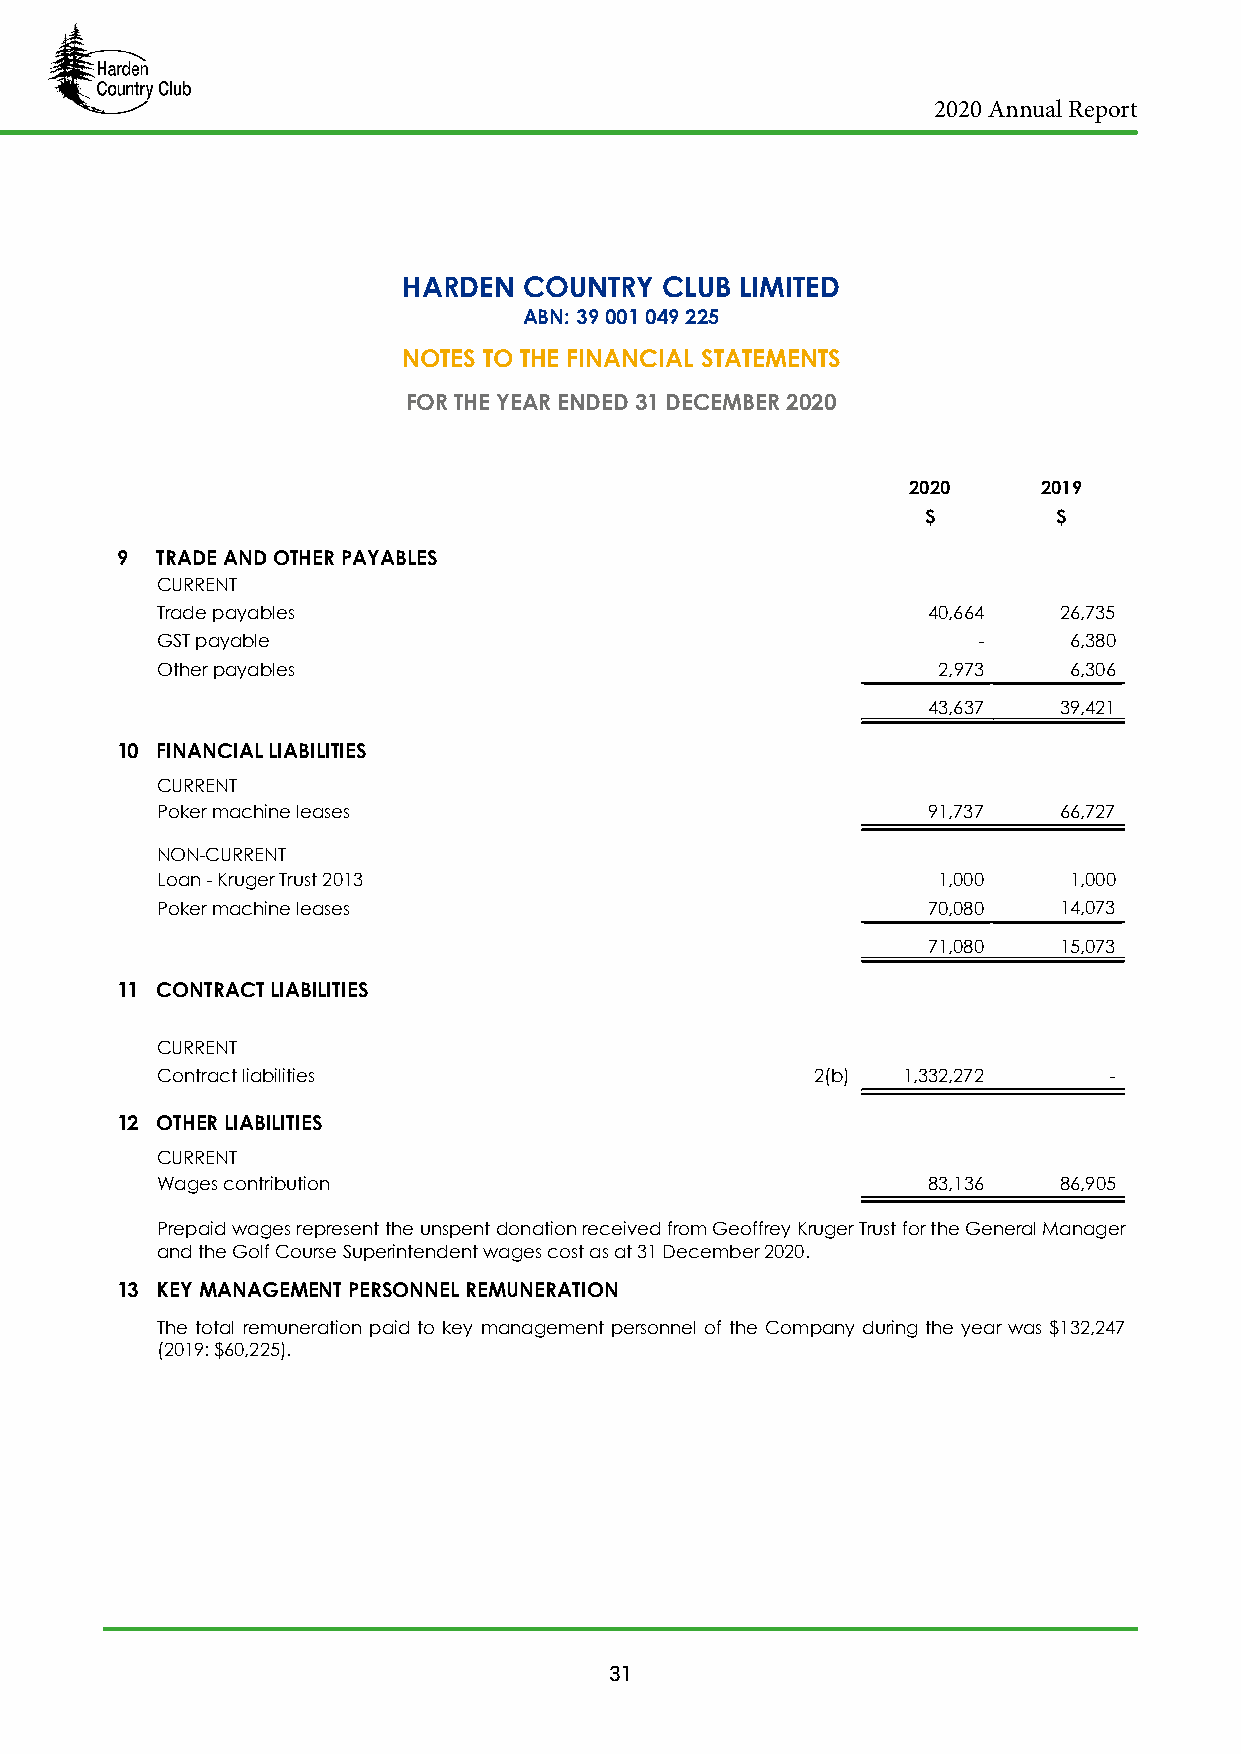
2020 Annual Report
 HARDEN  COUNTRY  CLUB LIMITED
 ABN: 39 001 049 225
 NOTES TO THE FINANCIAL STATEMENTS
 FOR THE YEAR ENDED 31 DECEMBER 2020
 2020     2019
 $        $
 9 TRADE AND OTHER PAYABLES
 CURRENT
 Trade payables                                     40,664   26,735
 GST payable                                            -     6,380
 Other payables                                      2,973    6,306
 43,637   39,421
 10 FINANCIAL LIABILITIES
 CURRENT
 Poker machine leases                               91,737   66,727
 NON-CURRENT
 Loan - Kruger Trust 2013                            1,000    1,000
 Poker machine leases                               70,080   14,073
 71,080   15,073
 11 CONTRACT LIABILITIES
 CURRENT
 Contract liabilities                        2(b)  1,332,272    -
 12 OTHER LIABILITIES
 CURRENT
 Wages contribution                                 83,136   86,905
 Prepaid wages represent the unspent donation received from Geoffrey Kruger Trust for the General Manager
 and the Golf Course Superintendent wages cost as at 31 December 2020.
 13 KEY MANAGEMENT PERSONNEL REMUNERATION
 The total remuneration paid to key management personnel of the Company during the year was $132,247
 (2019: $60,225).
 31